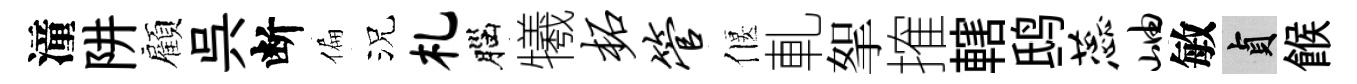
潼阱顧呉断偏況札腦犧柘管偃軋挐搉轄鸱蕊岫敏貞餱